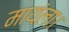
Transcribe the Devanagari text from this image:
मायंला।